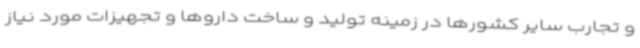
و تجارب سایر کشورها در زمینه تولید و ساخت داروها و تجهیزات مورد نیاز